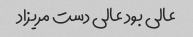
عالی بود عالی دست مریزاد